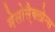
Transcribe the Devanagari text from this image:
मेसोसै्क्लोन्स